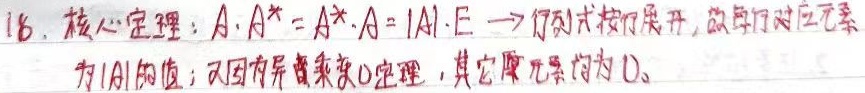
16. 核心定理：\(A\cdot A^{*}=A^{*}\cdot A = |A|\cdot E\)。
\(\to\) 行列式按行展开，故主对角线元素为\(|A|\)的值；又因为异乘变0定理，其它元素均为0。